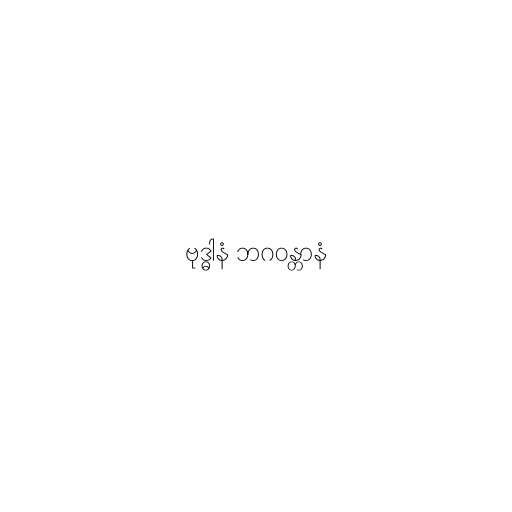
ဗုဒ္ဓါနံ ဘဂဝန္တာနံ